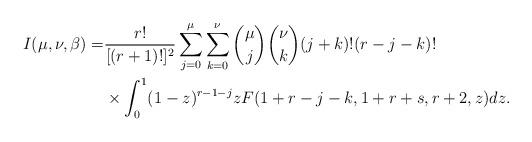
LaTeX: \begin{align*}I(\mu,\nu,\beta)=&\frac{r!}{[(r+1)!]^2}\sum^\mu_{j=0}\sum^\nu_{k=0}{\mu\choose j}{\nu\choose k} (j+k)!(r-j-k)!\\&\times\int^1_0 (1-z)^{r-1-j} z F(1+r-j-k, 1+r+s, r+2,z)dz.\end{align*}